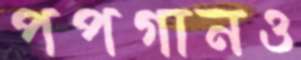
পপগানও